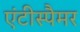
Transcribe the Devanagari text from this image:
एंटीस्पैमर